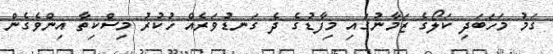
ގަމު މަހަބަދި ކަލޯގެ ޒަމާނުގައި މިފާޑުގެ ދެ ގަނޑުވަރެއް ހުކުރު މިސްކިތާ އިންވެގެން